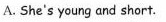
A. She's young and short.